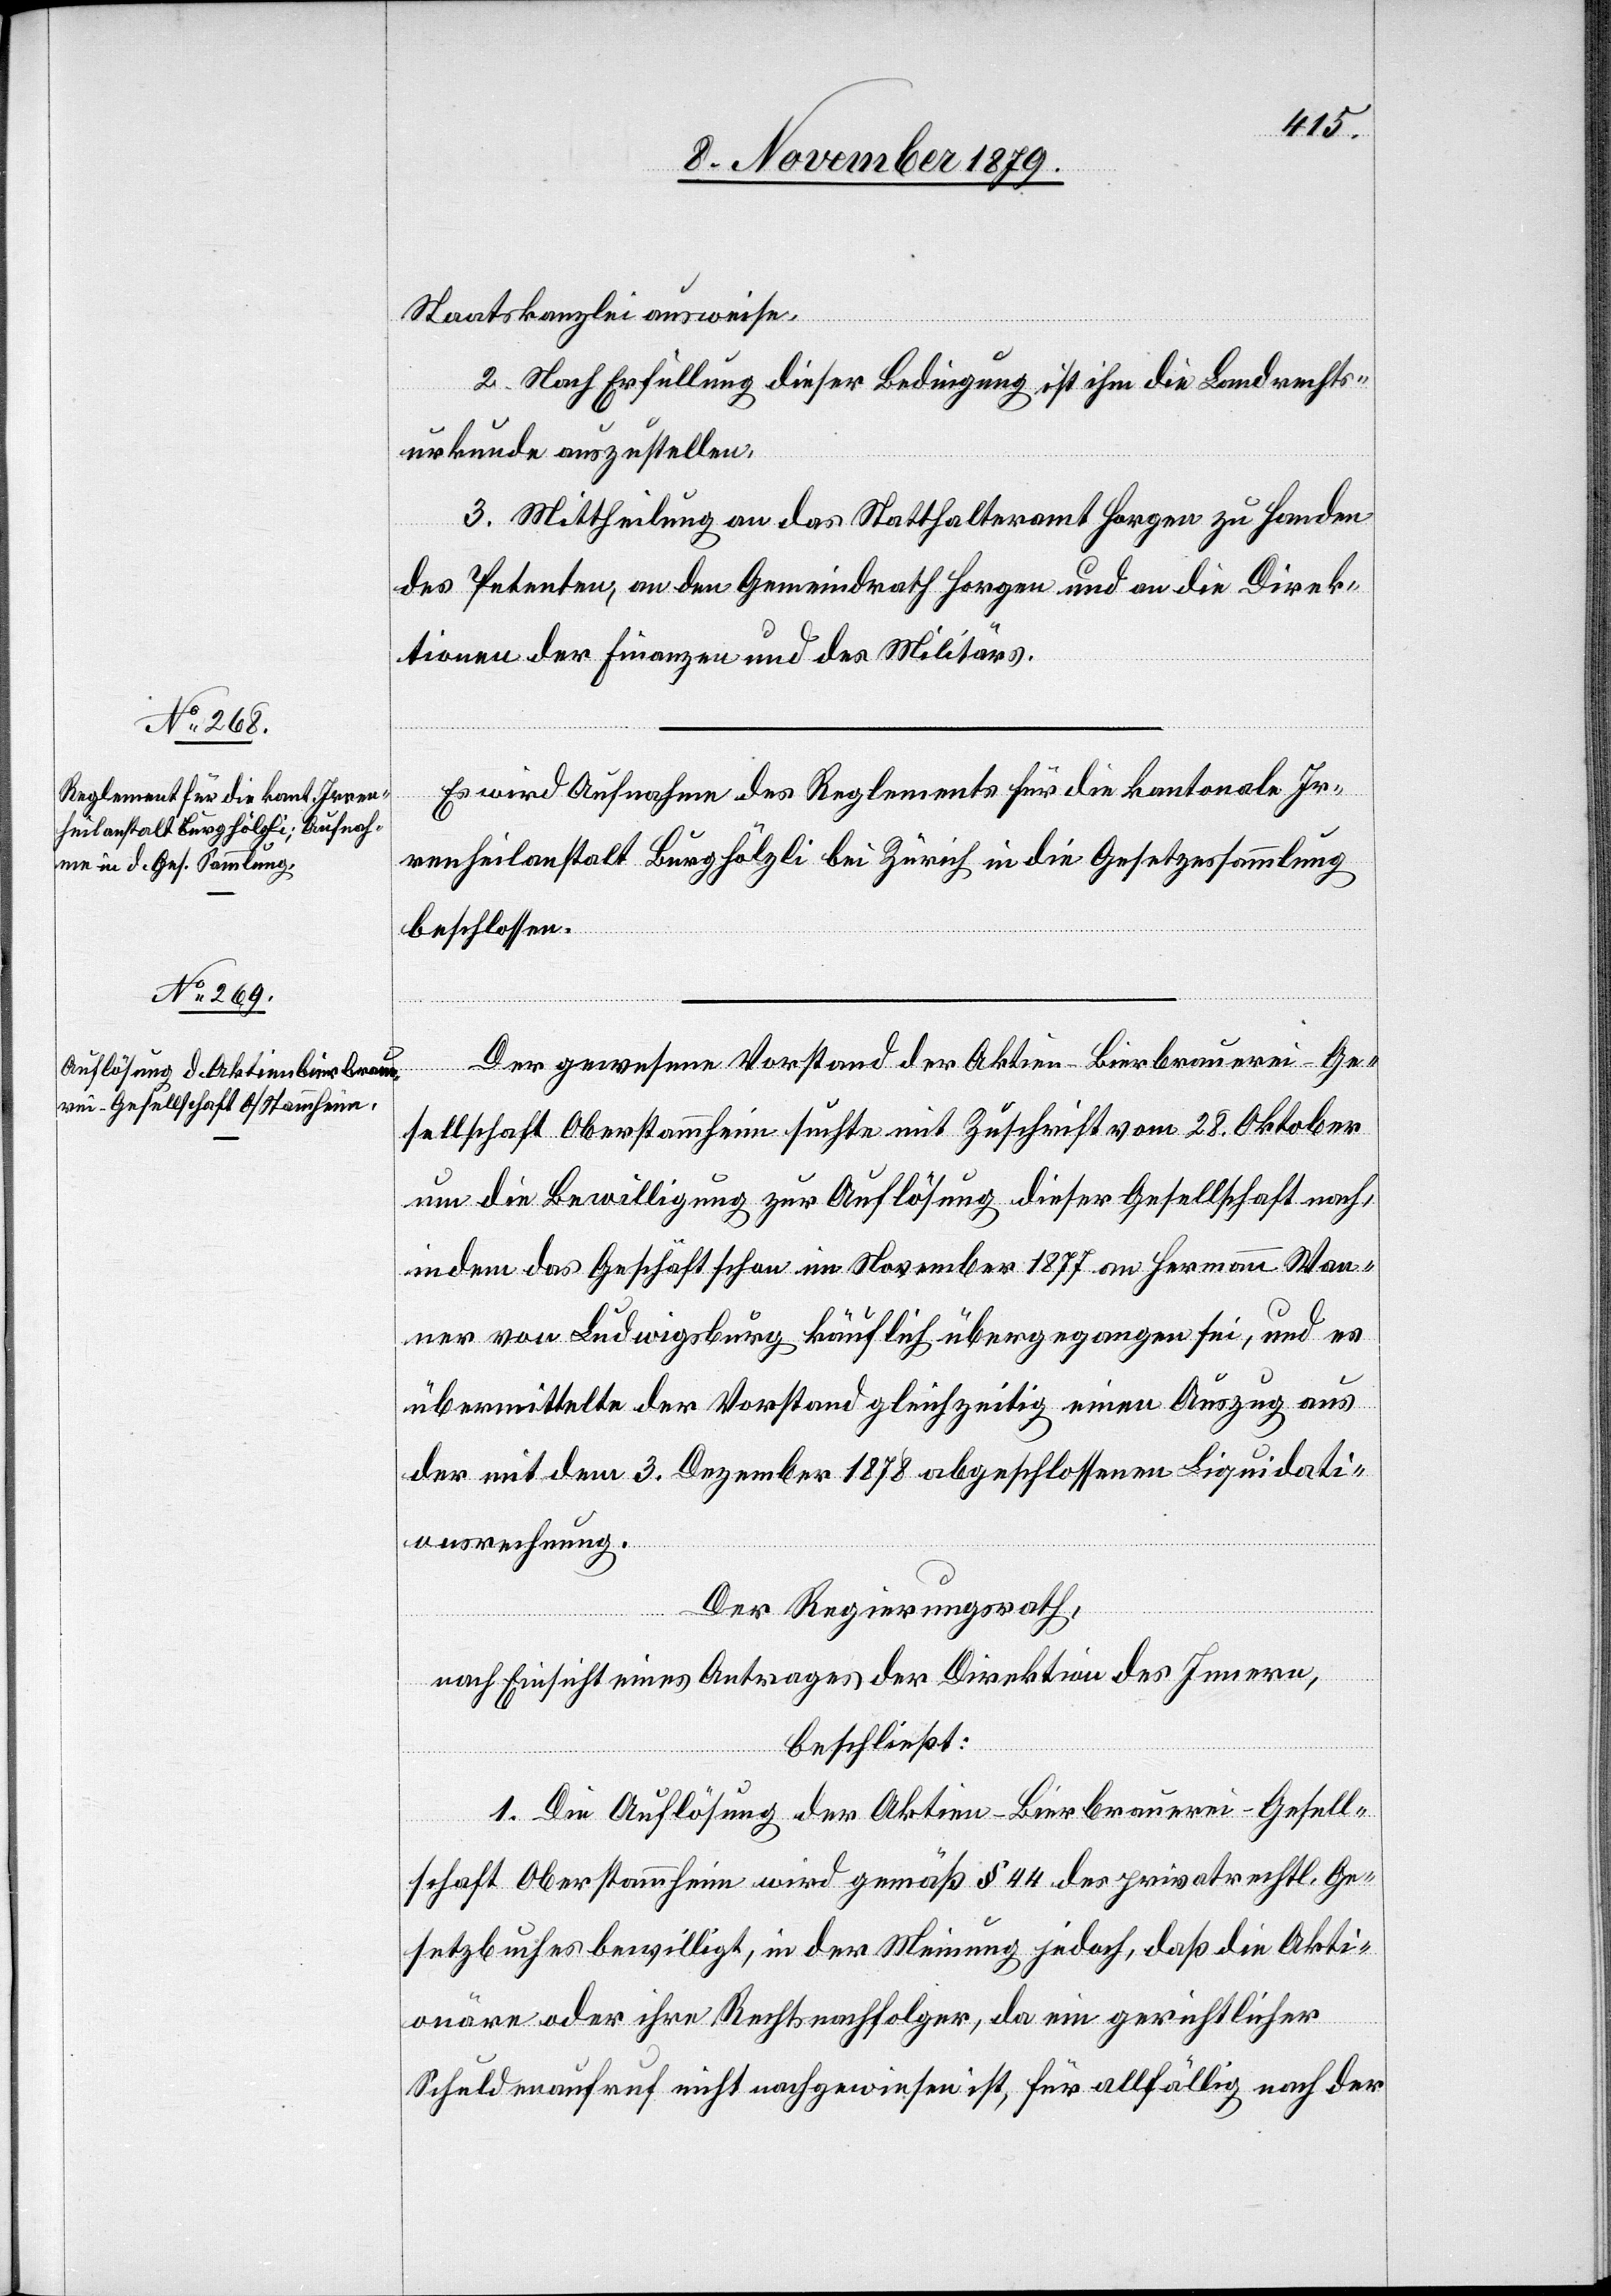
Staatskanzlei ausweise.
2. Nach Erfüllung dieser Bedingung, ist ihm die Landrechts¬
urkunde auszustellen.
3. Mittheilung an das Statthalteramt Horgen zu Handen
des Petenten, an den Gemeindrath Horgen und an die Direk¬
tionen der Finanzen und des Militärs.
Es wird Aufnahme des Reglements für die kantonale Ir¬
renheilanstalt Burghölzli bei Zürich in die Gesetzessammlung
beschlossen.
Der gewesene Vorstand der Aktien-Bierbrauerei-Ge¬
sellschaft Oberstammheim suchte mit Zuschrift am 28. Oktober
um die Bewilligung zur Auflösung dieser Gesellschaft nach,
indem das Geschäft schon im November 1877 an Hermann Wan¬
ner von Ludwigsburg käuflich übergegangen sei, und es
übermittelte der Vorstand gleichzeitig einen Auszug aus
der mit dem 3. Dezember 1878 abgeschlossenen Liquidati¬
onsrechnung.
Der Regierungsrath,
nach Einsicht eines Antrages der Direktion des Innern,
beschließt:
1. Die Auflösung der Aktien-Bierbrauerei-Gesell¬
schaft Oberstammheim wird gemäß § 44 des privatrechtl. Ge¬
setzbuches bewilligt, in der Meinung jedoch, daß die Akti¬
onäre oder ihre Rechtsnachfolger, da ein gerichtlicher
Schuldennachruf nicht nachgewiesen ist, für allfällig nach der